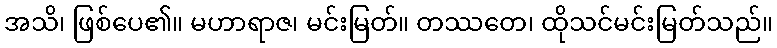
အသိ၊ ဖြစ်ပေ၏။ မဟာရာဇ၊ မင်းမြတ်။ တဿတေ၊ ထိုသင်မင်းမြတ်သည်။